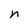
Character: n